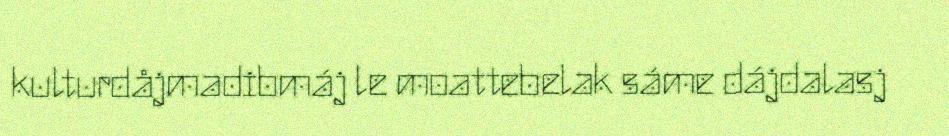
kulturdåjmadibmáj le moattebelak sáme dájdalasj